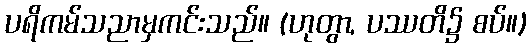
ပရိကမ်သညာမှကင်းသည်။ (ဟုတွာ, ပဿတိ၌ စပ်။)